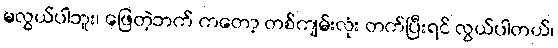
မလွယ်ပါဘူး၊ ဖြေတဲ့ဘက် ကတော့ တစ်ကျမ်းလုံး တက်ပြီးရင် လွယ်ပါတယ်၊